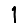
Digit: 1